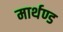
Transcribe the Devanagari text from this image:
मार्थण्ड